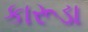
કારૂડા